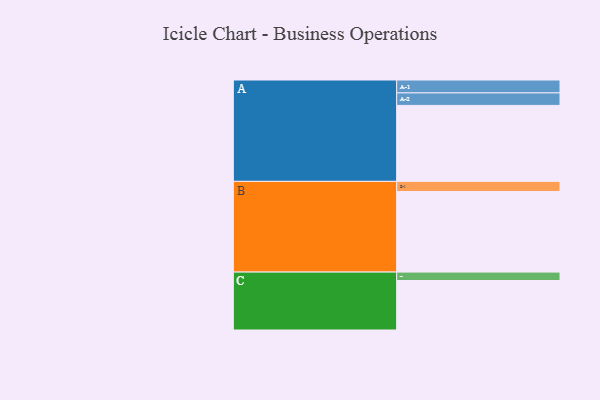
{"axis": {"x": "Segment", "y": "Value"}, "legend": ["", "A", "B", "C"], "data": [{"x": "A", "y": 542, "type": ""}, {"x": "B", "y": 575, "type": ""}, {"x": "C", "y": 353, "type": ""}, {"x": "A-1", "y": 92, "type": "A"}, {"x": "A-2", "y": 89, "type": "A"}, {"x": "B-1", "y": 72, "type": "B"}, {"x": "C-1", "y": 60, "type": "C"}]}